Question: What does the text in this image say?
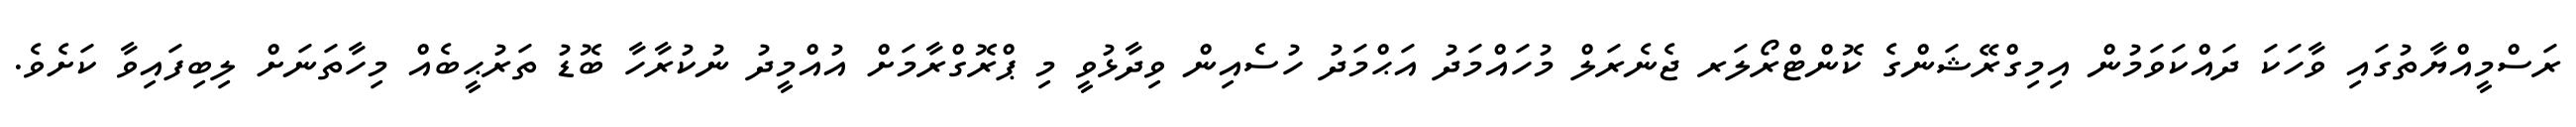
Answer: ރަސްމީއްޔާތުގައި ވާހަކަ ދައްކަވަމުން އިމިގްރޭޝަންގެ ކޮންޓްރޯލަރ ޖެނެރަލް މުހައްމަދު އަޙްމަދު ހުސެއިން ވިދާޅުވީ މި ޕްރޮގްރާމަށް އުއްމީދު ނުކުރާހާ ބޮޑު ތަރުޙީބެއް މިހާތަނަށް ލިބިފައިވާ ކަށެވެ.